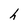
Character: h